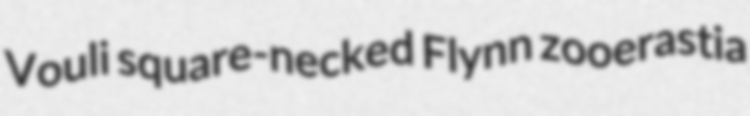
Vouli square-necked Flynn zooerastia